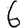
Digit: 6